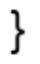
}